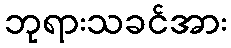
ဘုရားသခင်အား